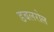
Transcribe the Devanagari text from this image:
डबलरोल